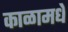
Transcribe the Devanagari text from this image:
काळामधे